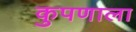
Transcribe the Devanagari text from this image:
कुपणाला